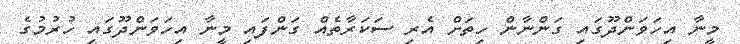
މީނާ އިހަވަންދޫގައި ގަންނާން ހިތަށް އެރި ސަކަރާތެއް ގަންފައި މީނާ އިހަވަންދޫގައި ހުރުމުގެ